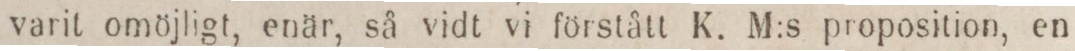
varit omöjligt, enär, så vidt vi förstått K. M:s proposition, en